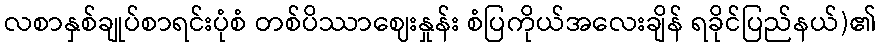
လစာနှစ်ချုပ်စာရင်းပုံစံ တစ်ပိဿာဈေးနှုန်း စံပြကိုယ်အလေးချိန် ရခိုင်ပြည်နယ်)၏